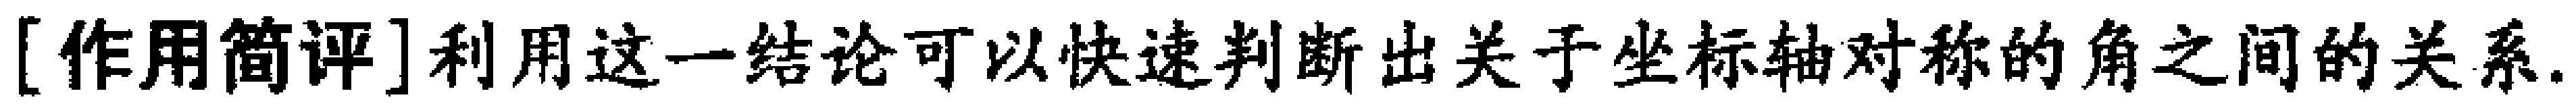
[作用简评]利用这一结论可以快速判断出关于坐标轴对称的角之间的关系.